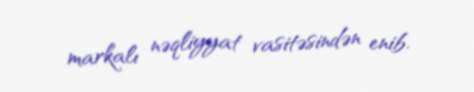
markalı nəqliyyat vasitəsindən enib.